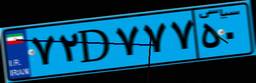
۵۲D۶۶۲۴۶